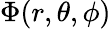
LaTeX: \Phi(r,\theta,\phi)